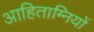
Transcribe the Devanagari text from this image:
आहिताग्नियों